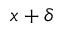
x + \delta